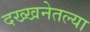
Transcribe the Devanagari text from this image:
दख्खनेतल्या